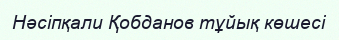
Нәсіпқали Қобданов тұйық көшесі